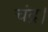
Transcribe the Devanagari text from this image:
चंद्र।